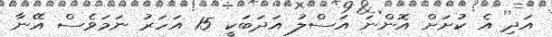
އަދި އެ ކުށަށް އޮންނަ އަސްލު އަދަބަކީ 15 އަހަރު ނަމަވެސް އޭނާ